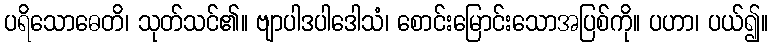
ပရိသောဓေတိ၊ သုတ်သင်၏။ ဗျာပါဒပါဒေါသံ၊ စောင်းမြောင်းသောအပြစ်ကို။ ပဟာ၊ ပယ်၍။